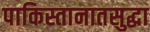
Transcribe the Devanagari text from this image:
पाकिस्तानातसुद्धा